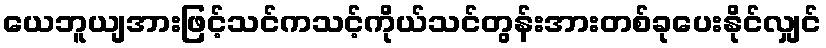
ယေဘူယျအားဖြင့်သင်ကသင့်ကိုယ်သင်တွန်းအားတစ်ခုပေးနိုင်လျှင်